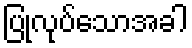
ပြုလုပ်သောအခါ